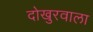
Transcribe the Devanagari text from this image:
दोखुरवाला